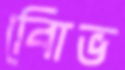
বিােভ